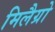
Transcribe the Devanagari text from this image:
मिलैग्रो